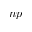
n p